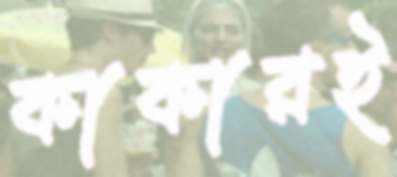
কাকারই